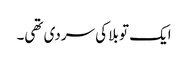
ایک تو بلا کی سردی تھی۔